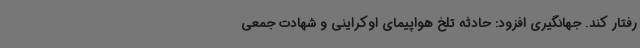
رفتار کند. جهانگیری افزود: حادثه تلخ هواپیمای اوکراینی و شهادت جمعی